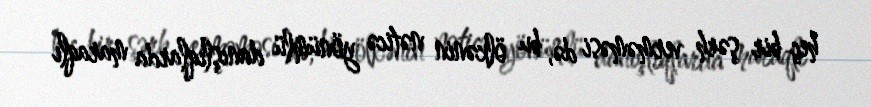
heç bir şərh verməməsi də, bu ölkənin nəticə yönümlü danışlıqlarda maraqlı